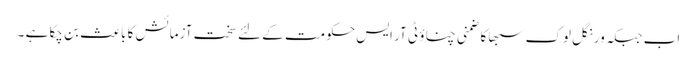
اب جبکہ ورنگل لوک سبھا کا ضمنی چناؤ ٹی آر ایس حکومت کے لئے سخت آزمائش کا باعث بن چکا ہے ۔